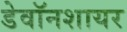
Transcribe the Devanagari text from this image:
डेवॉनशायर